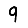
Digit: 9